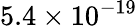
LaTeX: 5.4\times 10^{-19}